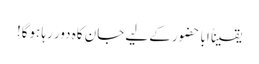
یقیناً ابا حضور کے لیے جان کاہ دور رہا ہوگا!